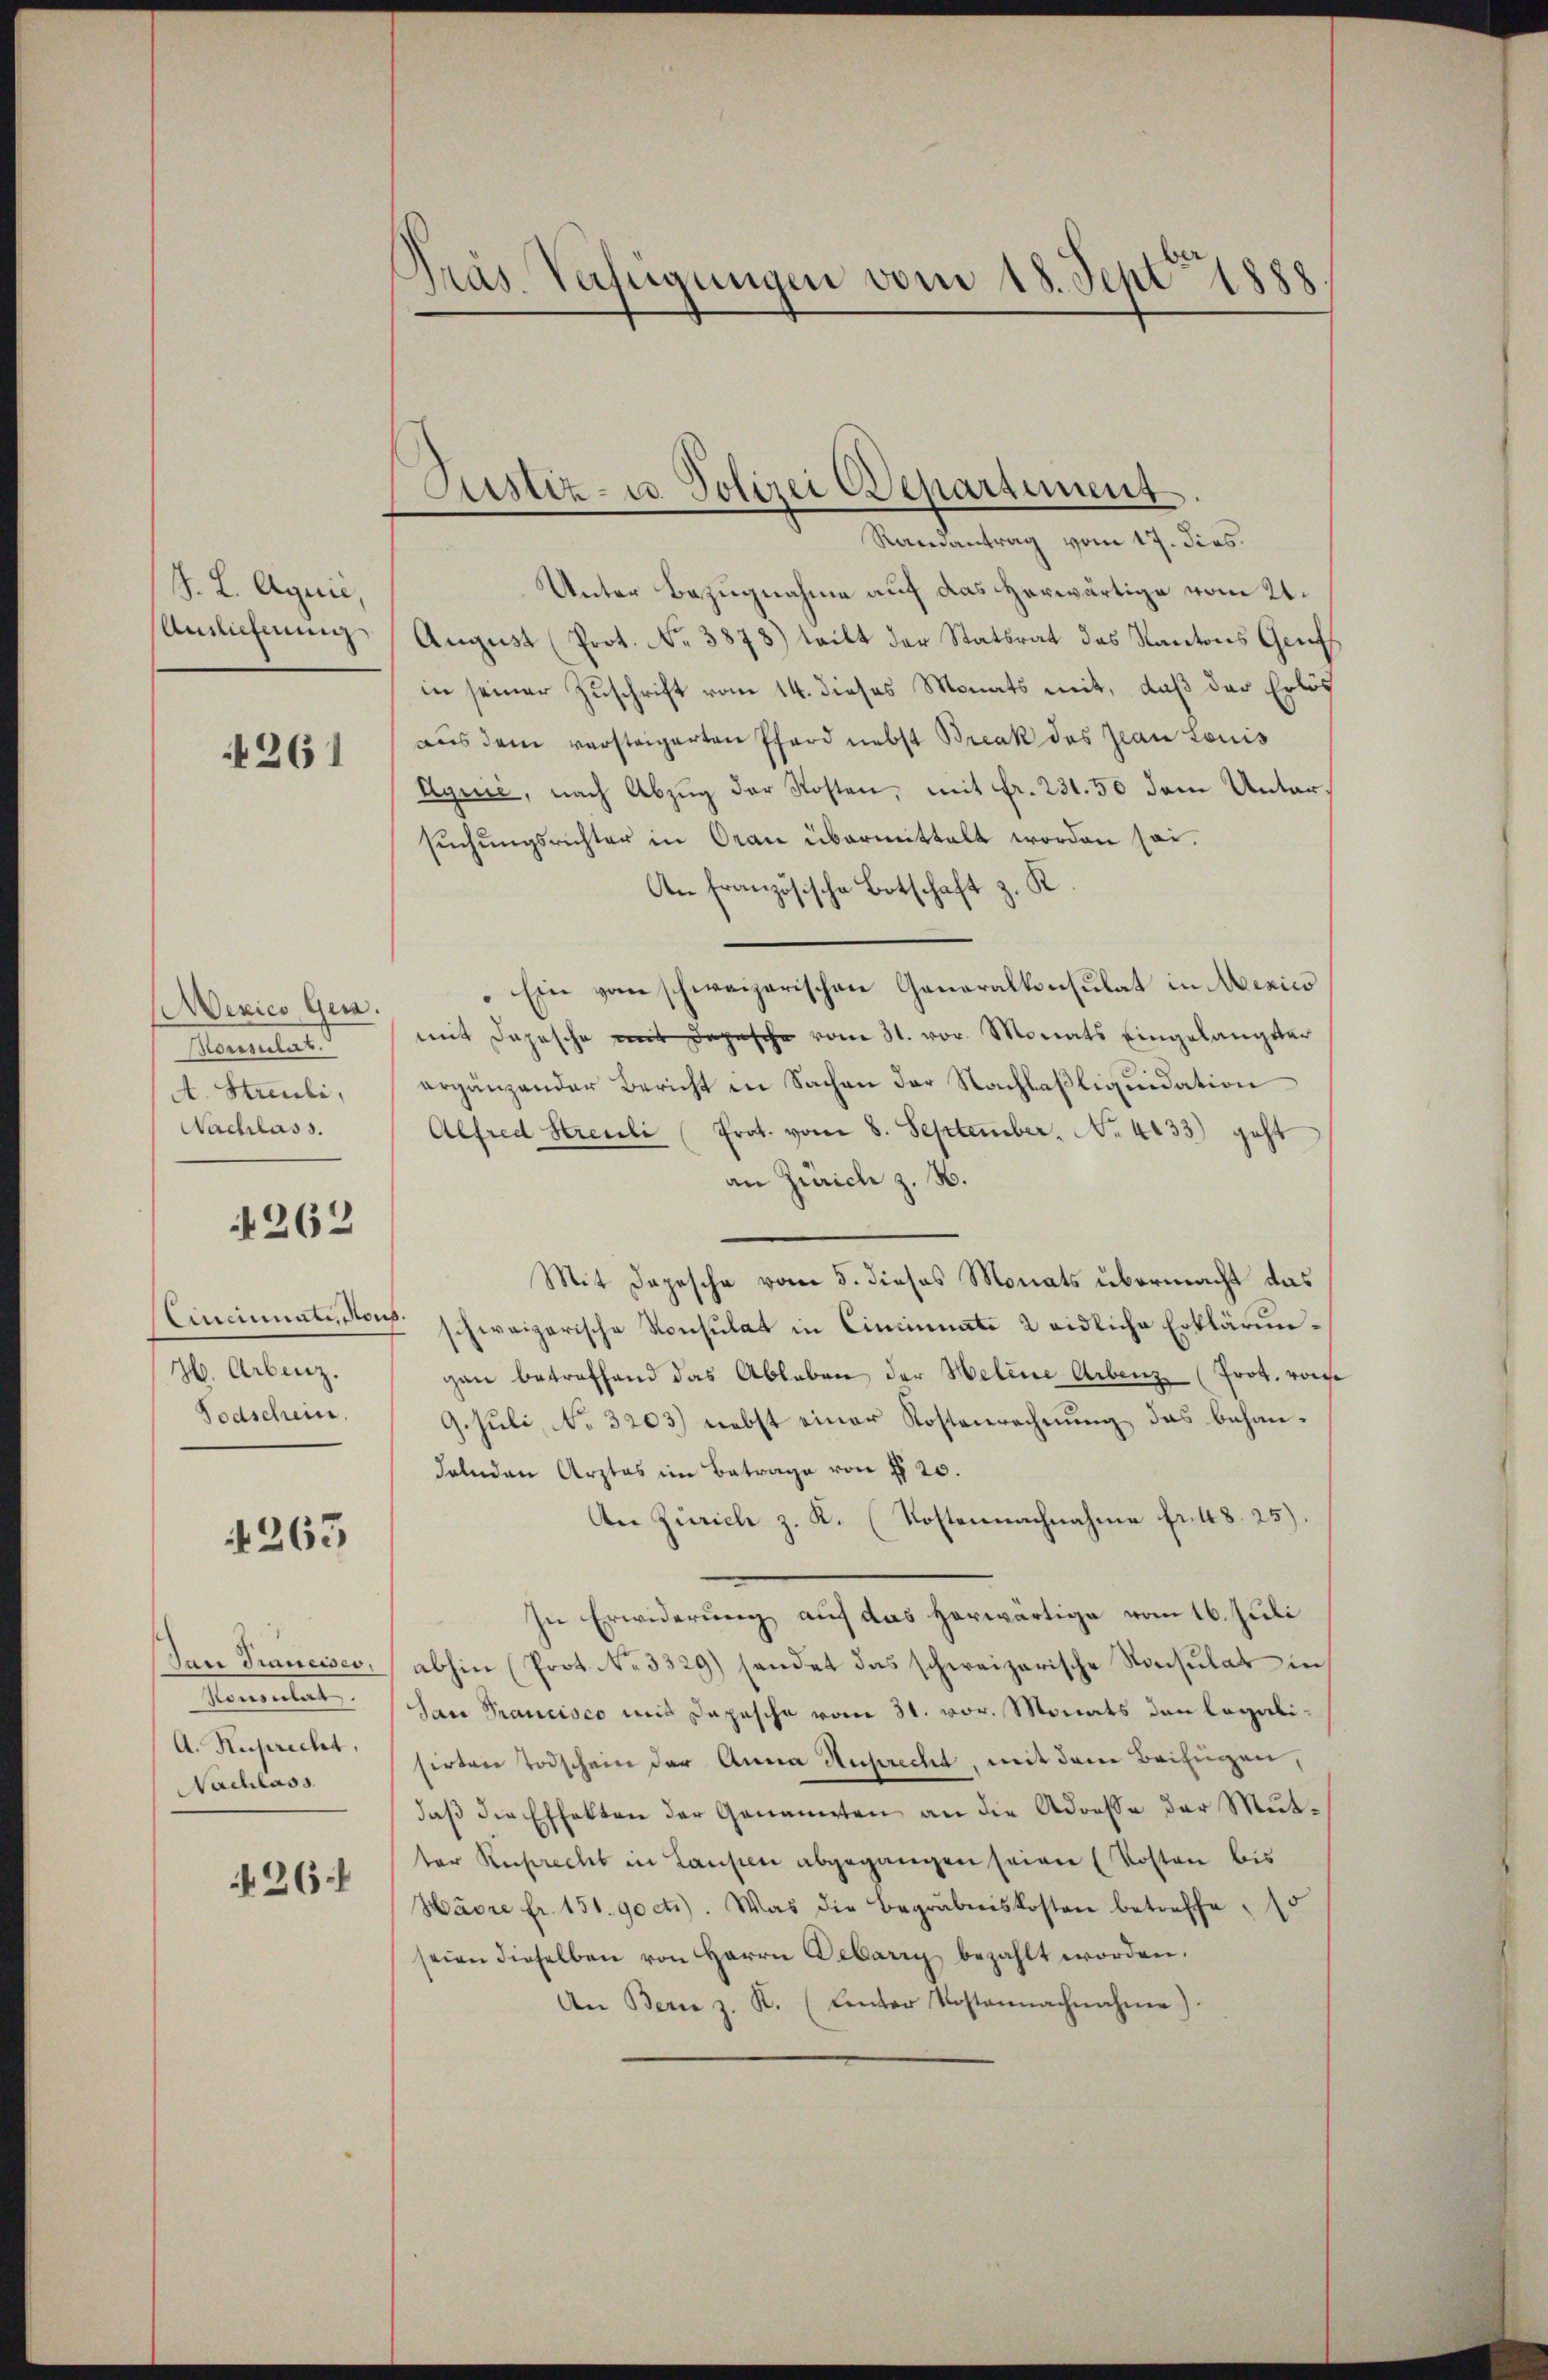
J. L. Aquić,
Anslichnung

4261

exico Gera.
Heruland
A. Streuli,
Nachlass.

262

H. Arbenz.
Todschein

265

Tan Trancisco,
Konsulat
A. Ruprecht,
Nachlass

26.

Präs. Verfügungen vom 18. Sept 1888

Justiz- u. Polizei Departement.
Randantrag vom 17. dies

Unter Bezugnahme auf das herwärtige vom 21.
August (Prot. No. 3878) teilt der Statsrat des Kantons Genf
in seiner Zuschrift vom 14. dieses Monats mit, daß der Erlös
aus dem versteigerten Pfard nebst Break des Jean Louis
Aquić, nach Abzug der Kosten, mit Fr. 231. 50 dem Untersŭchŭngsrichter in Oran übermittelt worden sei.
An französische Botschaft z. K
Ein vom schweizerischen Generalkonsulat in Mexico
mit Depesche mit Depesche vom 31. vor. Monats eingelangter
ergänzender Bericht in Sachen der Nachlaßliquidation
Alfred Streuli (Prat. vom 8. September. No. 4133) geht
an Zürich z. B.
Mit Depesche vom 5. dieses Monats übermacht das
Cincinalister schweizerische Konsulat in Cincinate 2 eidliche Erklärungan betreffend das Ableben der Helene Arbenz (Prot. von
9. Juli, No. 3203) nebst einer Kostenrechnung das behandelnden Arztes im Betrage von § 20.
An Zürich z. K. (Kostennachnahme fr. 48. 25).
In Erwiderung auf das herwärtige vom 16. Juli
abhin (Prot. No. 3329) sendet das schweizerische Konsulat in
San Francisco uns Depesche vom 31. vor. Monats den legalisirten Todschein der Anna Ausrecht, mit dem Beifügen,
daß die Effekten der Genannten an die Adresse der Mutter Ruprecht in Laupen abgegangen seien (Kosten bis
Havre fr. 151. 90 ct.). Was die Begräbniskosten betreffe, 15
seien dieselben von Herrn Gebarry bezahlt worden.
An Bern z. R. (Unter Kostennachnahme).